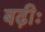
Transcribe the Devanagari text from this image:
बढ़ीः